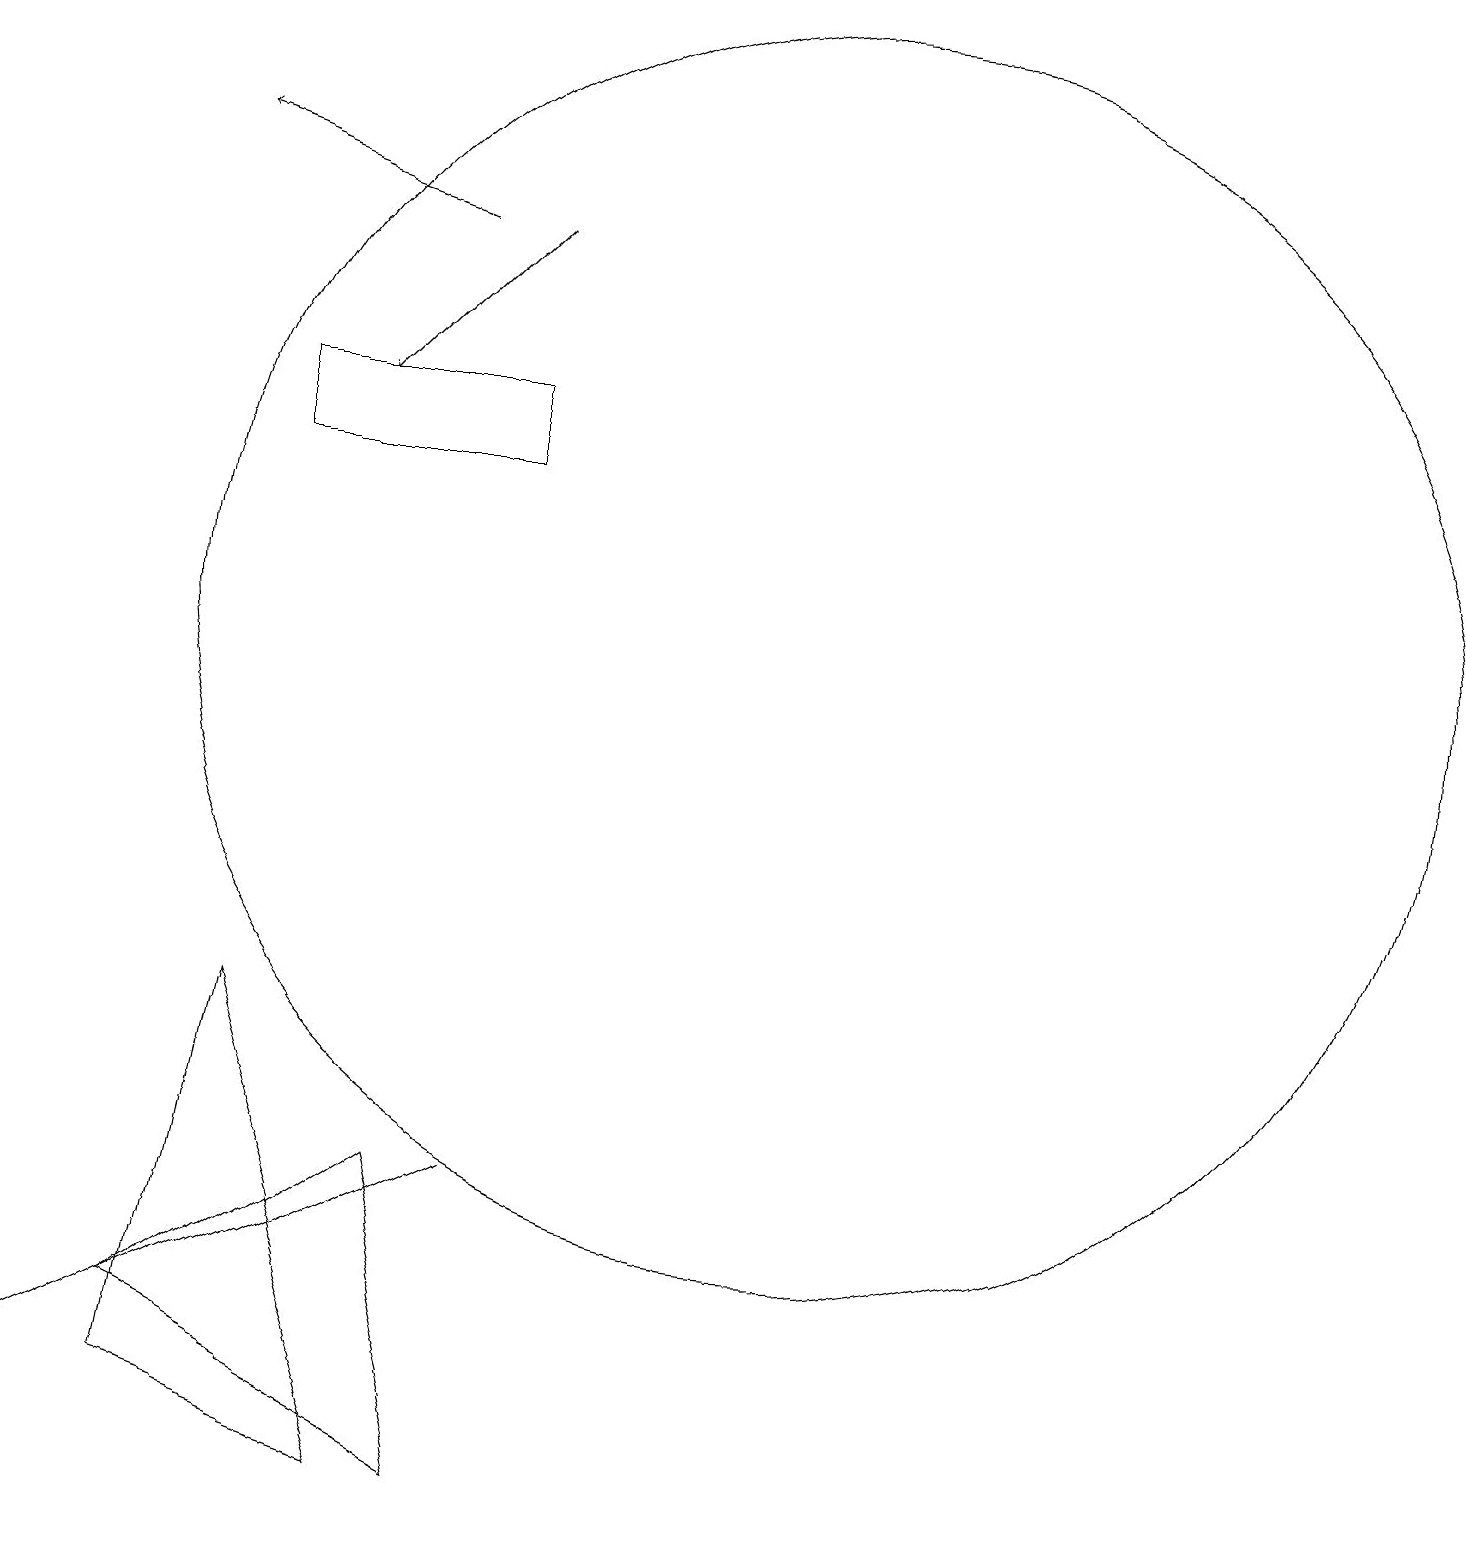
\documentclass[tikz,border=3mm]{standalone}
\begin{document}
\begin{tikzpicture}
\draw (6,5) -- (2,3) -- (0,2) -- cycle;
\draw (5,1) -- (3,7) -- (2,2) -- cycle;
\draw[->] (5,17) -- (2,18);
\draw (10,12) circle (8);
\draw (12,11) circle (0);
\draw (6,1) -- (5,5) -- (2,3) -- cycle;
\draw (3,15) rectangle (6,14);
\draw[->] (6,17) -- (4,15);
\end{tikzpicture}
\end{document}